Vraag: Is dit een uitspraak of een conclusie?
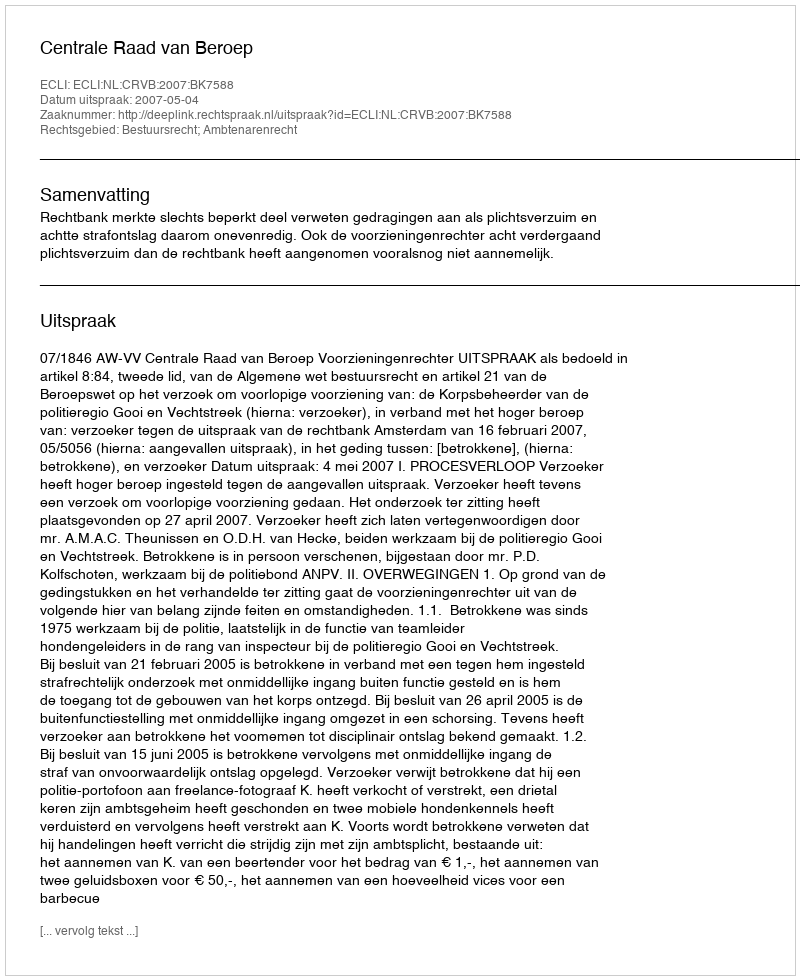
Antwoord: Uitspraak